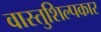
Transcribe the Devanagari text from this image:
वास्तुशिल्पकार